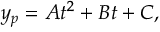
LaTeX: y _ { p } = A t ^ { 2 } + B t + C ,